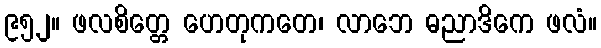
၉၅၂။ ဖလစိတ္တေ ဟေတုကတေ၊ လာဘေ ဓညာဒိကေ ဖလံ။